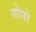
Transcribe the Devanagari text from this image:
योपो